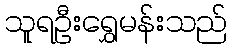
သူရဦးရွှေမန်းသည်